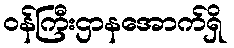
ဝန်ကြီးဌာနအောက်ရှိ